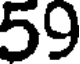
59